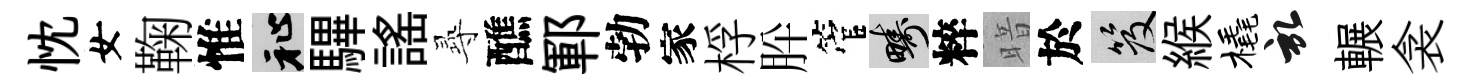
忱女鞠惟祉驆謡𡬶醮鄆勃家桴肸管疇粹暗於笈緱橇啓輾衾